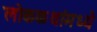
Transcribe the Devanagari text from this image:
लोककथांमध्ये